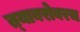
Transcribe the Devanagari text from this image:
त्‍याबरोबरच